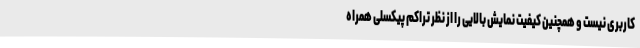
کاربری نیست و همچنین کیفیت نمایش بالایی را از نظر تراکم پیکسلی همراه